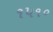
૧૫૧૦